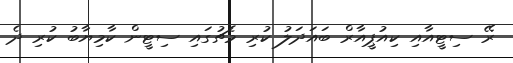
ރޭ ސިޓީއާއި ކިއުޕީއާރް ބައަދަލު ކުރި މެޗުގައި ސިޓީން ކާމިޔާބު ކުރި ދެ